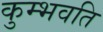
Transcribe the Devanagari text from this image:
कुम्भवति